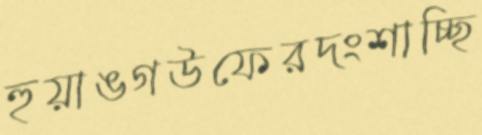
হুয়াঙগউফেরদংশাচ্ছি